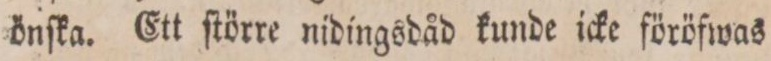
önſka. Ett ſtörre nidingsdåd kunde icke föröfwas